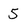
Character: 5